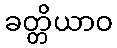
ခတ္တိယာဝ